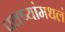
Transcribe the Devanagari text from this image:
पक्ष्यांमधलं